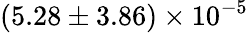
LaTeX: (5.28\pm 3.86)\times 10^{-5}